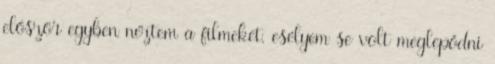
először egyben néztem a filmeket, esélyem se volt meglepődni